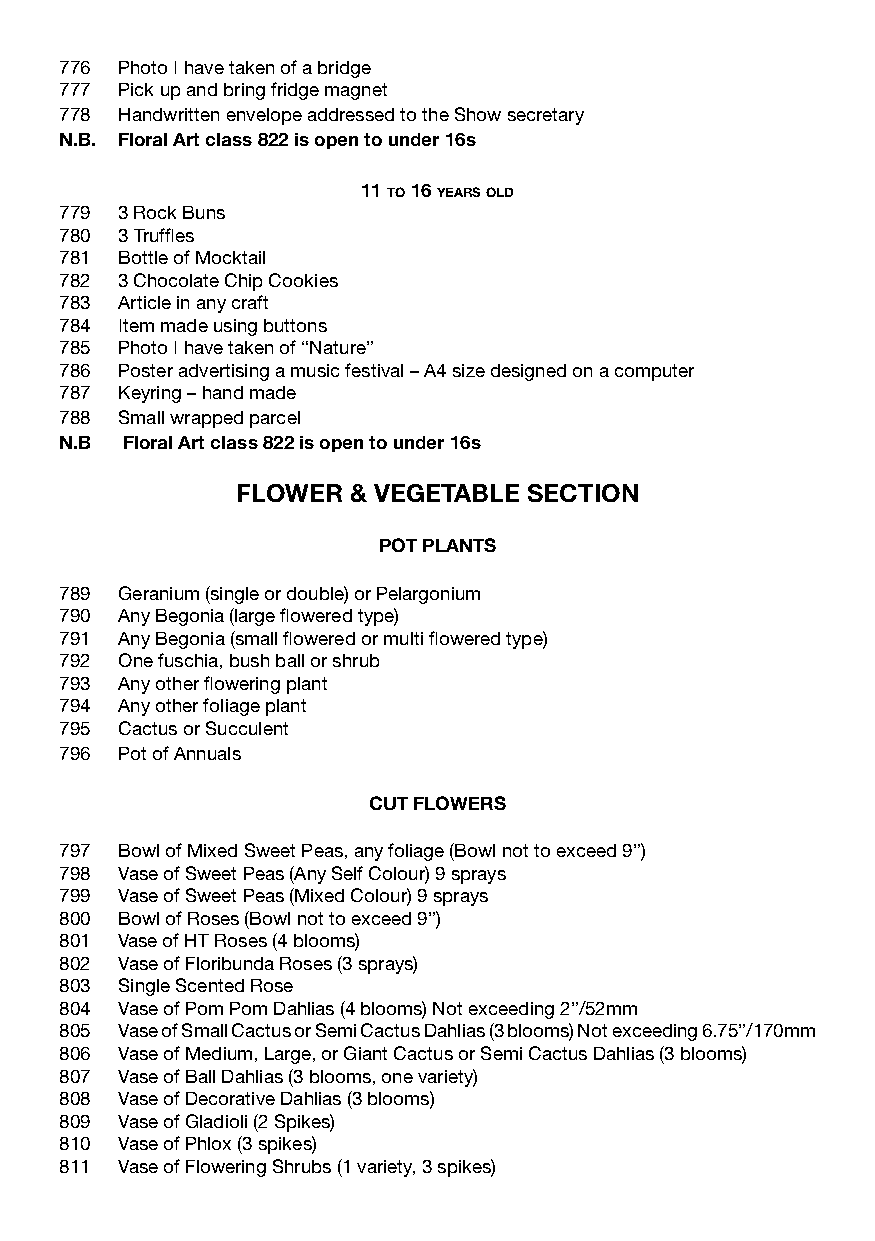
776 Photo I have taken of a bridge
 777 Pick up and bring fridge magnet
 778 Handwritten envelope addressed to the Show secretary
 N.B. Floral Art class 822 is open to under 16s
 11 to 16 years old
 779 3 Rock Buns
 780 3 Truffles
 781 Bottle of Mocktail
 782 3 Chocolate Chip Cookies
 783 Article in any craft
 784 Item made using buttons
 785 Photo I have taken of “Nature”
 786 Poster advertising a music festival – A4 size designed on a computer
 787 Keyring – hand made
 788 Small wrapped parcel
 N.B Floral Art class 822 is open to under 16s
 FLOWER & VEGETABLE SECTION
 POT PLANTS
 789 Geranium (single or double) or Pelargonium
 790 Any Begonia (large flowered type)
 791 Any Begonia (small flowered or multi flowered type)
 792 One fuschia, bush ball or shrub
 793 Any other flowering plant
 794 Any other foliage plant
 795 Cactus or Succulent
 796 Pot of Annuals
 CUT FLOWERS
 797 Bowl of Mixed Sweet Peas, any foliage (Bowl not to exceed 9”)
 798 Vase of Sweet Peas (Any Self Colour) 9 sprays
 799 Vase of Sweet Peas (Mixed Colour) 9 sprays
 800 Bowl of Roses (Bowl not to exceed 9”)
 801 Vase of HT Roses (4 blooms)
 802 Vase of Floribunda Roses (3 sprays)
 803 Single Scented Rose
 804 Vase of Pom Pom Dahlias (4 blooms) Not exceeding 2”/52mm
 805 Vase of Small Cactus or Semi Cactus Dahlias (3 blooms) Not exceeding 6.75”/170mm
 806 Vase of Medium, Large, or Giant Cactus or Semi Cactus Dahlias (3 blooms)
 807 Vase of Ball Dahlias (3 blooms, one variety)
 808 Vase of Decorative Dahlias (3 blooms)
 809 Vase of Gladioli (2 Spikes)
 810 Vase of Phlox (3 spikes)
 811 Vase of Flowering Shrubs (1 variety, 3 spikes)